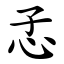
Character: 孞